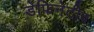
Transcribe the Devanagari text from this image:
डेफिनेटीव